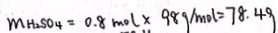
m H _ { 2 } S O _ { 4 } = 0 . 8 m o l \times 9 8 g / m o l = 7 8 . 4 9